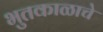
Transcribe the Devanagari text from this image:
भुतकाळाचे